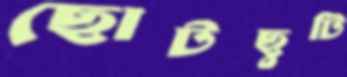
ছোটছুটি